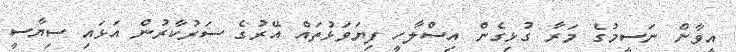
އީވާން ނަސީމުގެ މަރާ ގުޅިގެން އިސްލާހީ ފިޔަވަޅުތައް އޭރުގެ ސަރުކާރުން އަޅައި ސިޔާސީ